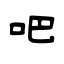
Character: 吧